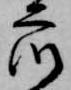
衆